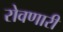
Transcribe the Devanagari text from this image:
रोवणारी